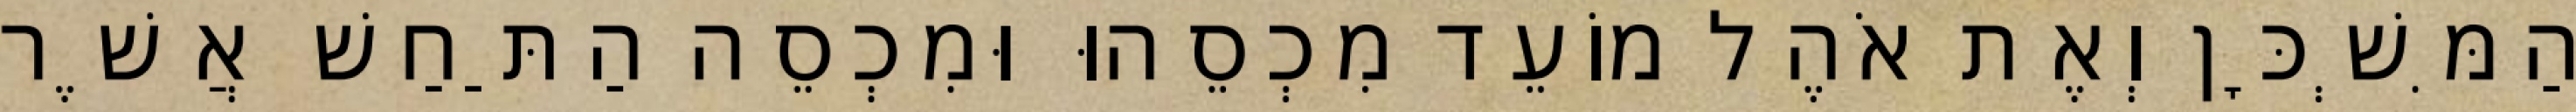
הַמִּשְׁכָּן וְאֶת אֹהֶל מוֹעֵד מִכְסֵהוּ וּמִכְסֵה הַתַּחַשׁ אֲשֶׁר